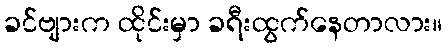
ခင်ဗျားက ထိုင်းမှာ ခရီးထွက်နေတာလား။